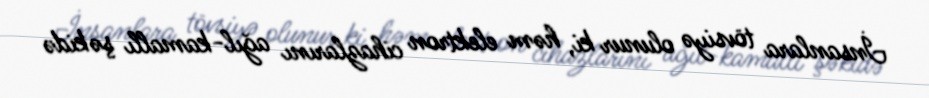
İnsanlara tövsiyə olunur ki, həm elektron cihazlarını ağıl-kamallı şəkidə